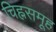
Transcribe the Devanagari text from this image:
चिह्नसमूह